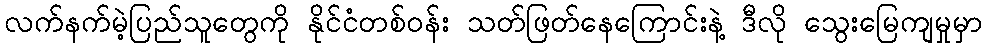
လက်နက်မဲ့ပြည်သူတွေကို နိုင်ငံတစ်ဝန်း သတ်ဖြတ်နေကြောင်းနဲ့ ဒီလို သွေးမြေကျမှုမှာ